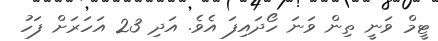
ޓީމް ވަނީ ތިން ވަނަ ހޯދައިފަ އެވެ. އަދި 23 އަހަރަށް ފަހު